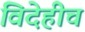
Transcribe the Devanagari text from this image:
विदेहीच